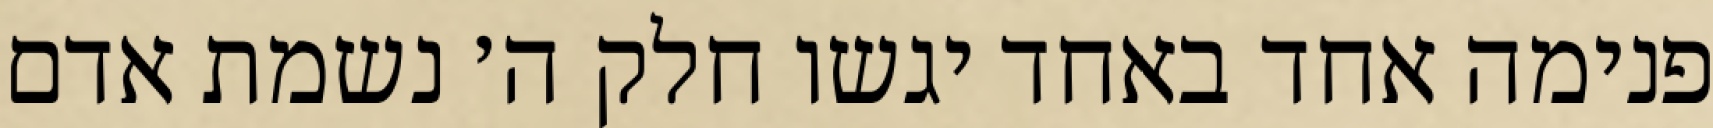
פנימה אחד באחד יגשו חלק ה׳ נשמת אדם